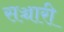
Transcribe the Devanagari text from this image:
सञ्चारी